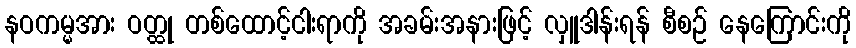
နဝကမ္မအား ဝတ္ထု တစ်ထောင့်ငါးရာကို အခမ်းအနားဖြင့် လှူဒါန်းရန် စီစဉ် နေကြောင်းကို